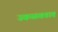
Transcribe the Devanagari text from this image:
उकळवतात